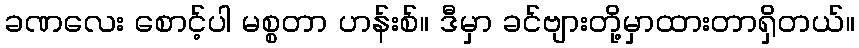
ခဏလေး စောင့်ပါ မစ္စတာ ဟန်းစ်။ ဒီမှာ ခင်ဗျားတို့မှာထားတာရှိတယ်။